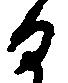
る